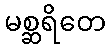
မစ္ဆရိတေ